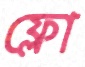
ফ্লো